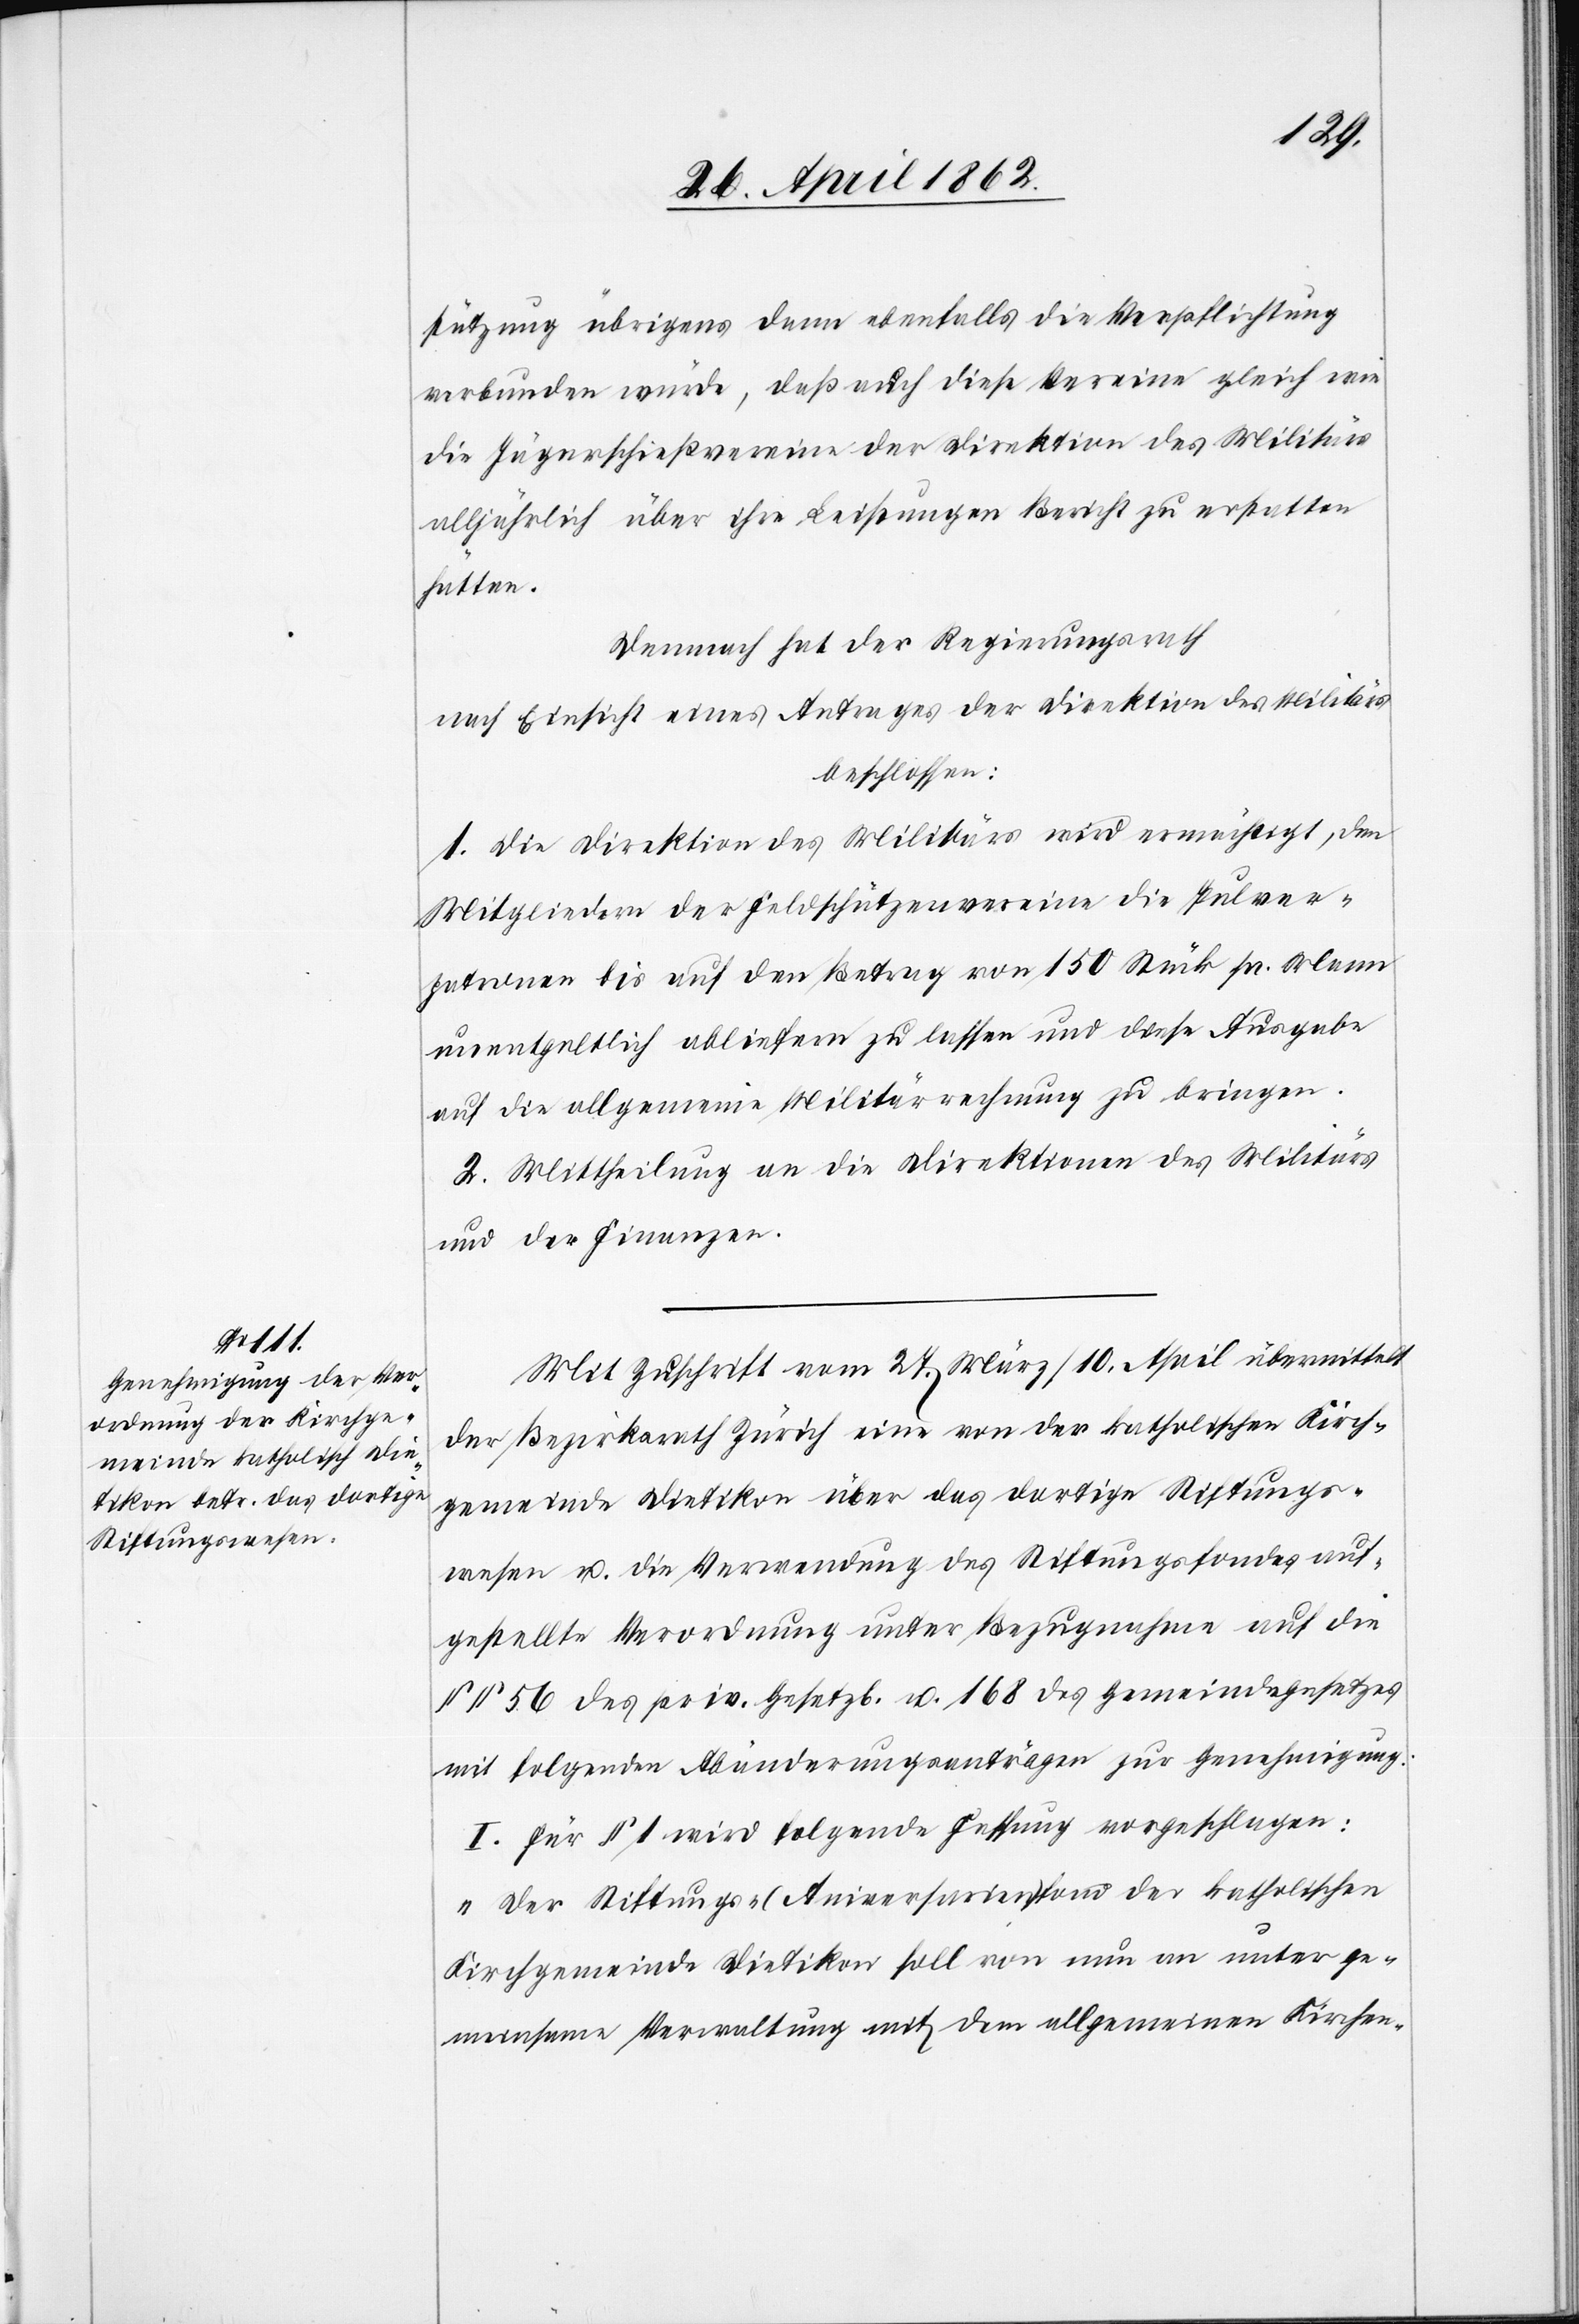
stützung übrigens dann ebenfalls die Verpflichtung
verbunden würde, daß auch diese Vereine gleich wie
die Jägerschießvereine der Direktion des Militärs
alljährlich über ihre Leistungen Bericht zu erstatten
hätten.
Demnach hat der Regierungsrath
nach Einsicht eines Antrages der Direktion des Militärs
beschlossen:
1. Die Direktion des Militärs wird ermächtigt, den
Mitgliedern der Feldschützenvereine die Pulver¬
patronen bis auf den Betrag von 150 Stück pr. Mann
unentgeltlich abliefern zu lassen und diese Ausgabe
auf die allgemeine Militärrechnung zu bringen.
2. Mittheilung an die Direktionen des Militärs
und der Finanzen.
Mit Zuschrift vom 27. März / 10. April übermittelt
der Bezirksrath Zürich eine von der katholischen Kirch¬
gemeinde Dietikon über das dortige Stiftungs¬
wesen u. die Verwendung des Stiftungsfondes auf¬
gestellte Verordnung unter Bezugnahme auf die
§§ 56 des priv. Gesetzb. u. 168 des Gemeindegesetzes
mit folgenden Abänderungsanträgen zur Genehmigung:
I. für § 1 wird folgende Fassung vorgeschlagen:
„Der Stiftungs-(Aniversarien)fond der katholischen
Kirchgemeinde Dietikon soll von nun an unter ge¬
meinsame Verwaltung mit dem allgemeinen Kirchen-